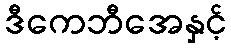
ဒီကေဘီအေနှင့်